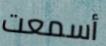
أسمعت